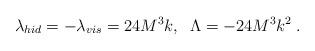
LaTeX: \begin{align*}\lambda _{hid}=-\lambda _{vis}=24M^3k,\;\;\Lambda =-24M^3k^2\;.\end{align*}